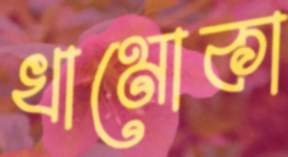
খামোকা